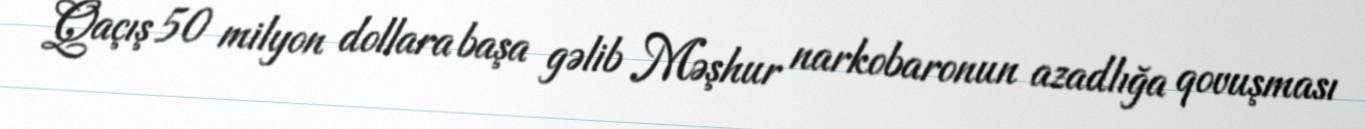
Qaçış 50 milyon dollara başa gəlib Məşhur narkobaronun azadlığa qovuşması